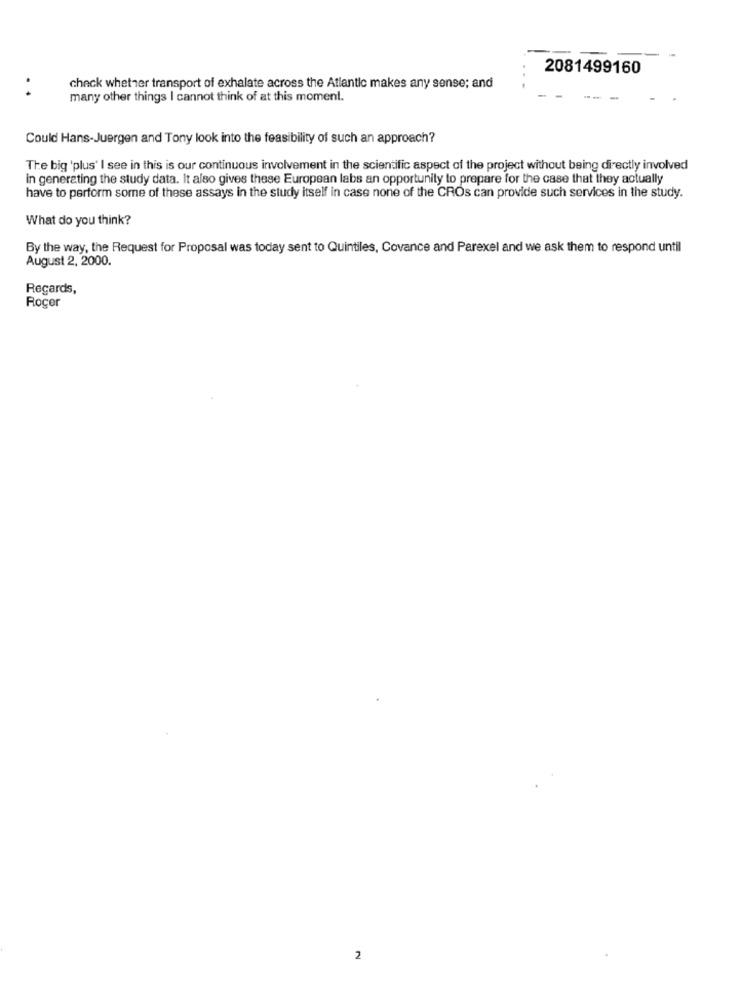
2081499160
..
check whether transport of exhalate across the Atlantic makes any sense; and
many other things I cannot think of at this moment.
Could Hans-Juergen and Tony look into the feasibility of such an approach?
The big 'plus' I see in this is our continuous involvement in the scientific aspect of the project without being directly involved
in generating the study data. It also gives these European labs an opportunity to prepare for the case that they actually
have to perform some of these assays in the study itself in case none of the CROs can provide such services in the study.
What do you think?
By the way, the Request for Proposal was today sent to Quintiles, Covance and Parexel and we ask them to respond until
August 2, 2000.
Regards,
Roger
2